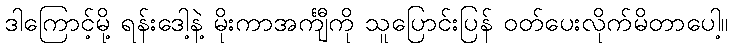
ဒါကြောင့်မို့ ရန်းဒေါ့နဲ့ မိုးကာအင်္ကျီကို သူပြောင်းပြန် ဝတ်ပေးလိုက်မိတာပေါ့။